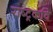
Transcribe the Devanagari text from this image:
राष्‍ट्रकवि